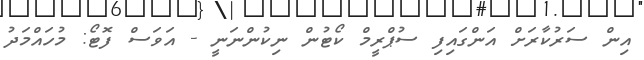
އިން ސަރުކާރަށް އަންގައިފި ސުޕްރީމް ކޯޓުން ނިކުންނަނީ - އަވަސް ފޮޓޯ: މުހައްމަދު